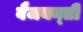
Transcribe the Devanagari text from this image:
वैजयन्‍ती